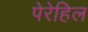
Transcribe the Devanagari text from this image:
पेरेहिल